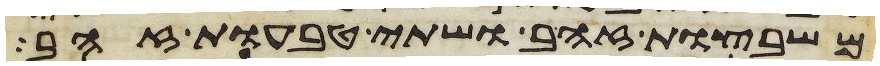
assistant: משבצות זהב ושתי טבעות זהב